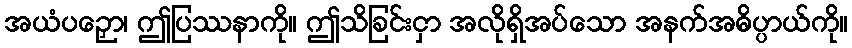
အယံပဉှော၊ ဤပြဿနာကို။ ဤသိခြင်းငှာ အလိုရှိအပ်သော အနက်အဓိပ္ပာယ်ကို။